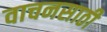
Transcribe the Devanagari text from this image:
वाचनसाठी